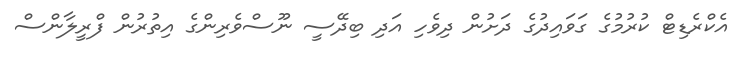
އެކްރެޑިޓް ކުރުމުގެ ގަވައިދުގެ ދަށުން ދިވެހި އަދި ބިދޭސީ ނޫސްވެރިންގެ އިތުރުން ފްރީލާންސް